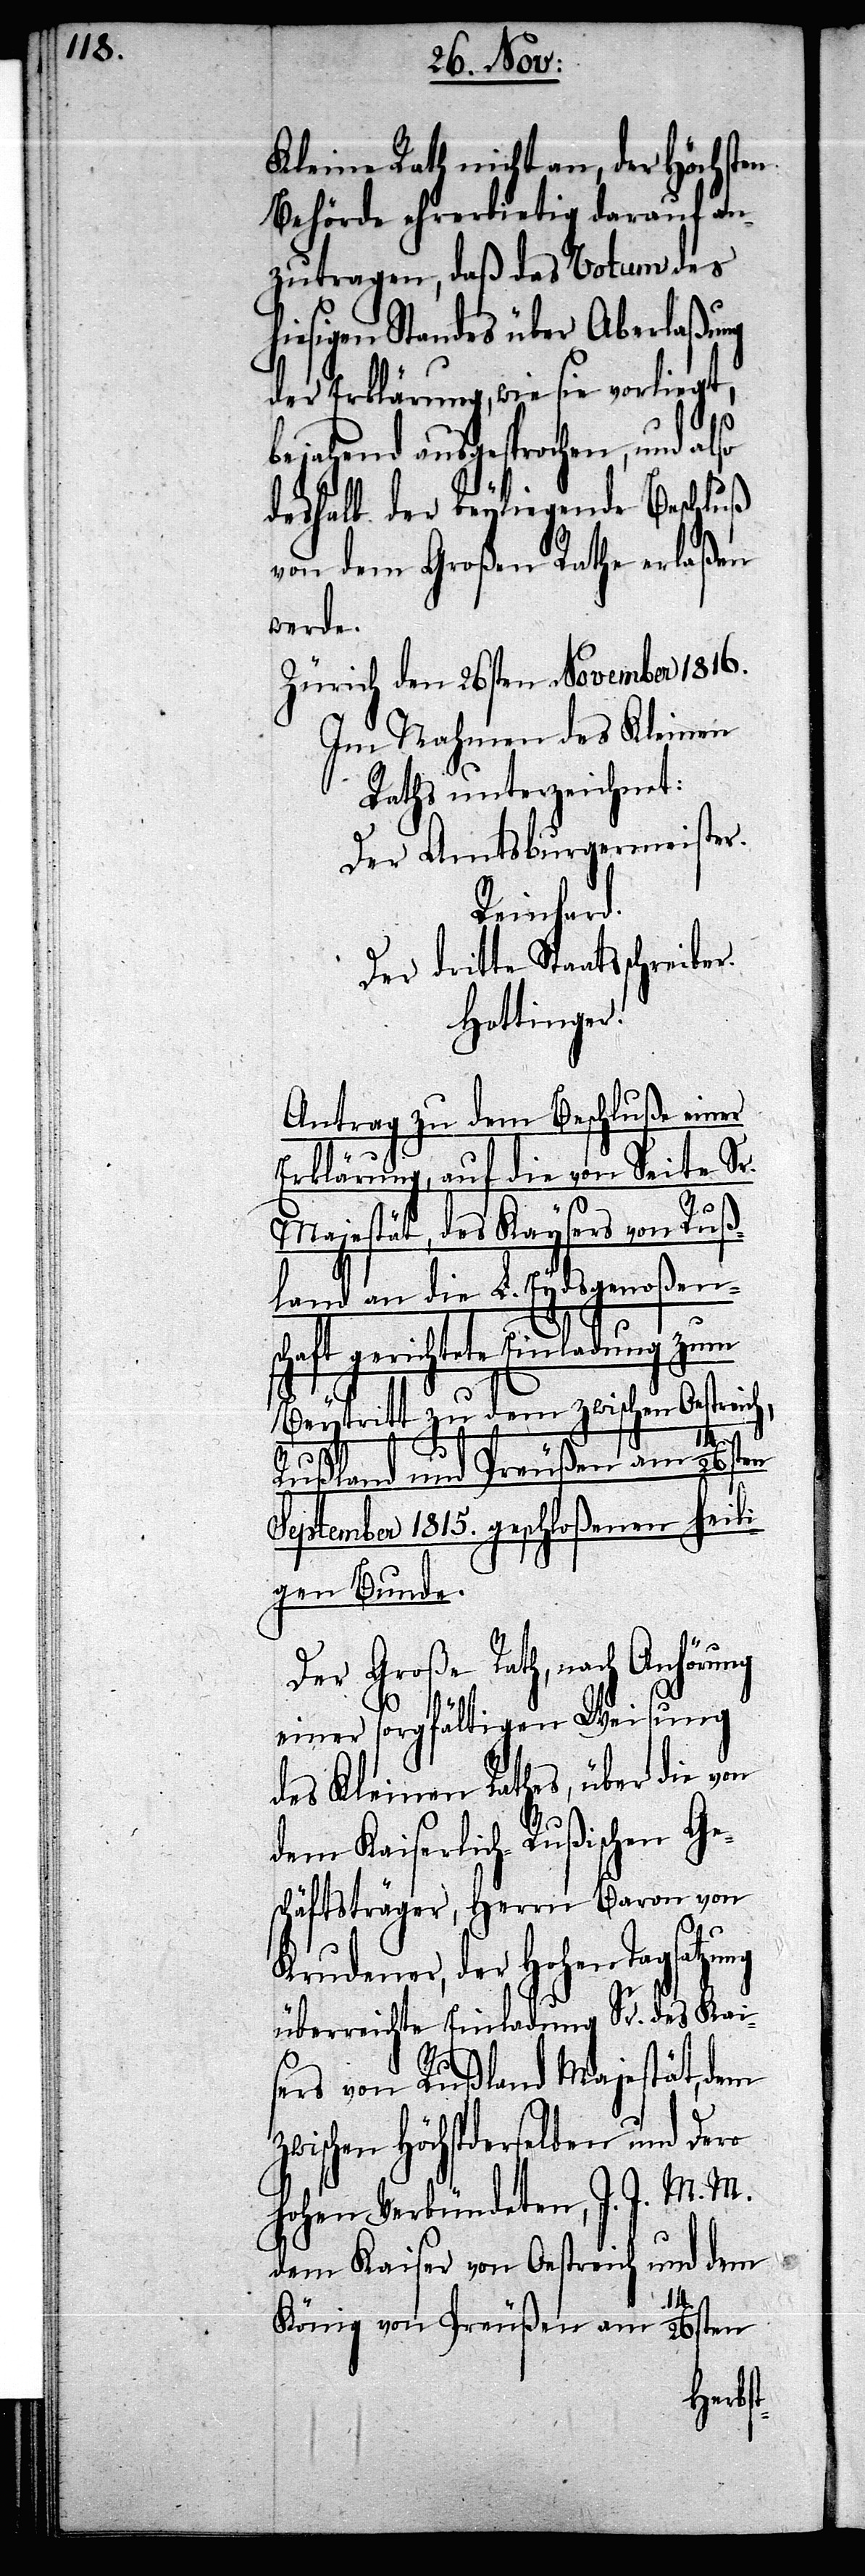
Kleine Rath nicht an, der Höchsten
Behörde ehrerbietig darauf an¬
zutragen, daß das Votum des
hiesigen Standes über Aberlaßung
der Erklärung, wie sie vorliegt,
bejahend ausgesprochen, und also
deshalb der beyliegende Beschluß
von dem Großen Rathe erlaßen
werde.
Zürich den 26sten November 1816.
Im Nahmen des Kleinen
Raths unterzeichnet:
Der Amtsburgermeister.
Reinhard.
Der dritte Staatsschreiber.
Hottinger.
Antrag zu dem Beschluße einer
Erklärung, auf die von Seite Sr.
Majestät, des Kaysers von Ruß¬
land an die L. Eydsgenoßens¬
chaft gerichtete Einladung zum
Beytritt zu dem zwischen Oestreich,
Rußland und Preußen am 14/ 26sten
1815 [J. K.] geschloßenen heili¬
gen Bunde.
Der Große Rath, nach Anhörung
einer sorgfältigen Weisung
des Kleinen Rathes, über die von
dem Kaiserlich-Rußischen Ge¬
schäftsträger, Herrn Baron von
Krudener, der Hohen Tagsatzung
überreichte Einladung Sr. des Kai¬
sers von Rußland Majestät, dem
zwischen Höchstderselben und Dero
Hohen Verbündeten, I. I. M. M.
dem Kaiser von Oestreich und dem
König von Preußen am 14./